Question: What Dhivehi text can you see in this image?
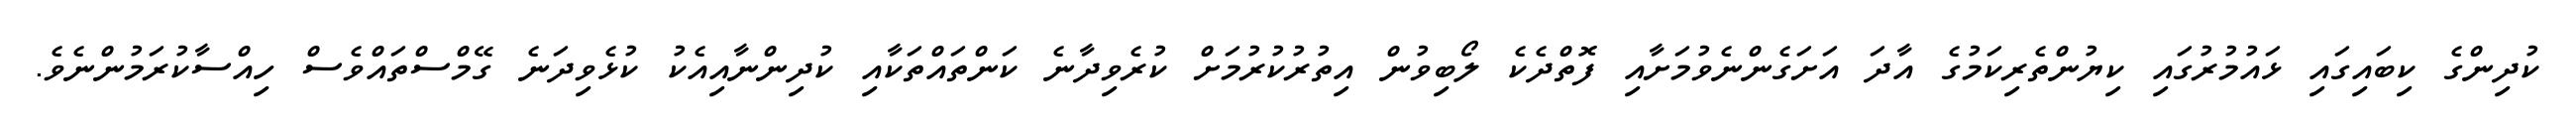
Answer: ކުދިންގެ ކިބައިގައި ޅައުމުރުގައި ކިޔުންތެރިކަމުގެ އާދަ އަށަގެންނެވުމަށާއި ފޮތްދެކެ ލޯބިވުން އިތުރުކުރުމަށް ކުރެވިދާނެ ކަންތައްތަކާއި ކުދިންނާއިއެކު ކުޅެވިދަނެ ގޭމްސްތައްވެސް ހިއްސާކުރަމުންނެވެ.